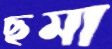
ছমা